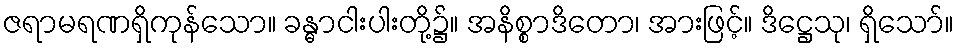
ဇရာမရဏရှိကုန်သော။ ခန္ဓာငါးပါးတို့၌။ အနိစ္စာဒိတော၊ အားဖြင့်။ ဒိဋ္ဌေသု၊ ရှိသော်။